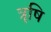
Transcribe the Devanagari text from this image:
त्रृषि